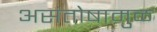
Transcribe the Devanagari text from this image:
असंतोषामुळ